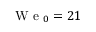
\mathrm { ~ W ~ e ~ } _ { 0 } = 2 1